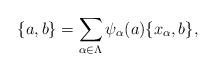
LaTeX: \begin{align*}\{a, b\}=\sum_{\alpha\in \Lambda}\psi_{\alpha}(a)\{x_{\alpha}, b\},\end{align*}